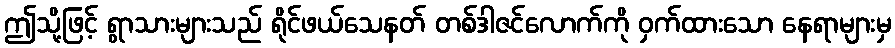
ဤသို့ဖြင့် ရွာသားများသည် ရိုင်ဖယ်သေနတ် တစ်ဒါဇင်လောက်ကို ဝှက်ထားသော နေရာများမှ